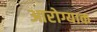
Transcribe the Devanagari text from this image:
आरोग्याक